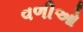
વળીઓ